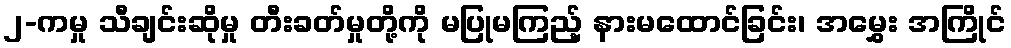
၂-ကမှု သီချင်းဆိုမှု တီးခတ်မှုတို့ကို မပြုမကြည့် နားမထောင်ခြင်း၊ အမွှေး အကြိုင်